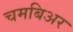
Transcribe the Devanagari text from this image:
चमबिअर